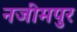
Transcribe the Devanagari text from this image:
नजीमपुर